Annual statistical returns and brief notes on vaccination in Bengal - 1887-1898
Year: 1887
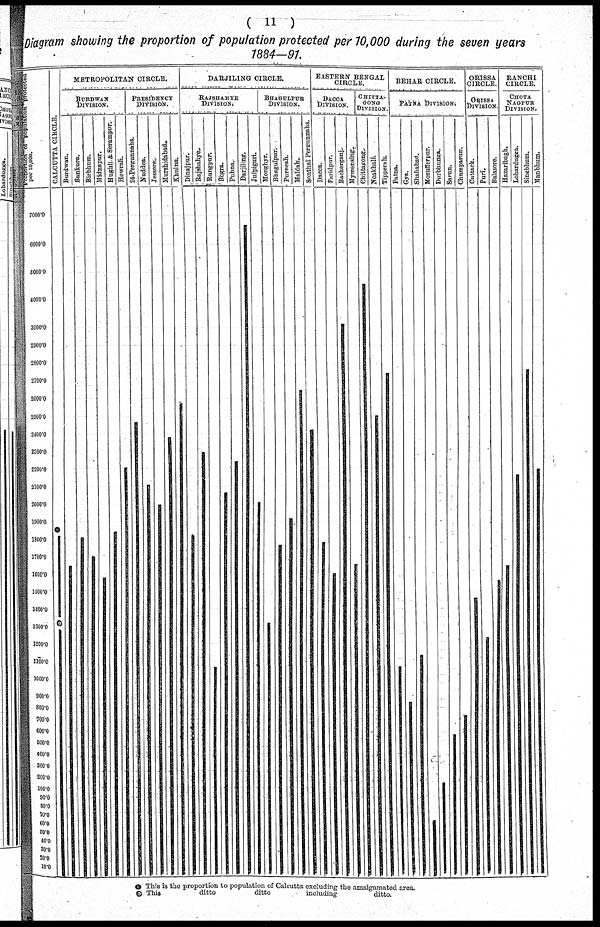
( 11 )
Diagram showing the proportion of population protected per 10,000 during the seven years
1884—91.